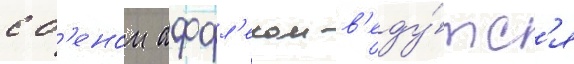
с б'еном аффл'еком в'еду́тс'я